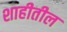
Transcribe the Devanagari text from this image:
शाहीतील